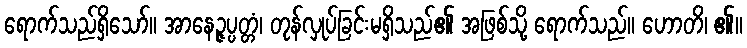
ရောက်သည်ရှိသော်။ အာနေဉ္ဇပ္ပတ္တံ၊ တုန်လှုပ်ခြင်းမရှိသည်၏ အဖြစ်သို့ ရောက်သည်။ ဟောတိ၊ ၏။